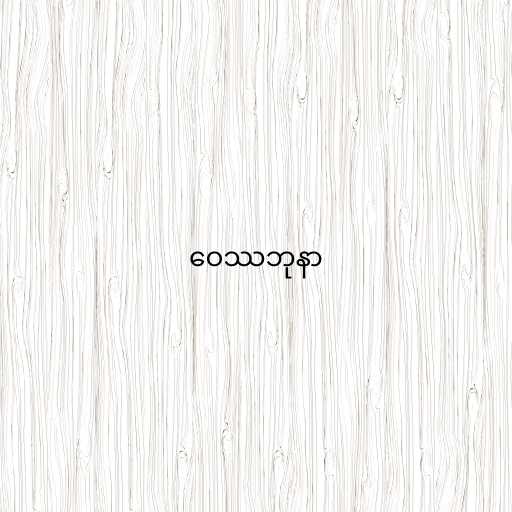
ဝေဿဘုနာ